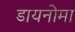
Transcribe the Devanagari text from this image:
डायनोमा